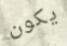
يكون